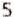
5